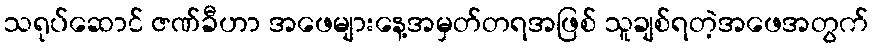
သရုပ်ဆောင် ဇဏ်ခီဟာ အဖေများနေ့အမှတ်တရအဖြစ် သူချစ်ရတဲ့အဖေအတွက်